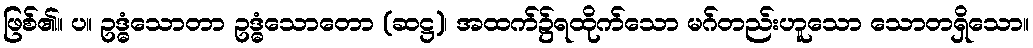
ဖြစ်၏။ ပ။ ဥဒ္ဓံသောတာ ဥဒ္ဓံသောတော (ဆဋ္ဌ)၊ အထက်၌ရထိုက်သော မဂ်တည်းဟူသော သောတရှိသော။